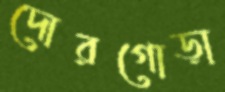
দোরগোড়া